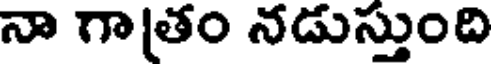
నా గాతం నడుస్తుంది